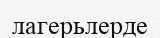
лагерьлерде